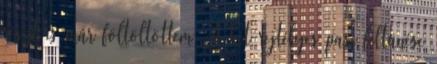
részt is már föltöltöttem. A két rejtélyes pasi feltünése